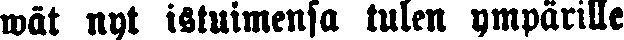
wät nyt istuimensa tulen ympärille